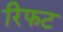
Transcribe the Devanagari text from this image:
रिफट